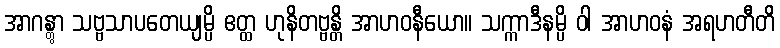
အာဂန္တွာ သဗ္ဗသာပတေယျမ္ပိ ဧတ္ထ ဟုနိတဗ္ဗန္တိ အာဟဝနီယော။ သက္ကာဒီနမ္ပိ ဝါ အာဟဝနံ အရဟတီတိ